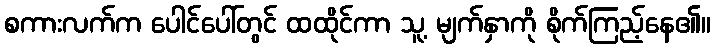
စကားလက်က ပေါင်ပေါ်တွင် ထထိုင်ကာ သူ့ မျက်နှာကို စိုက်ကြည့်နေ၏။